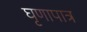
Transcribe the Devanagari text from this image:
घृणापात्र